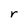
Character: r